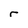
Character: r